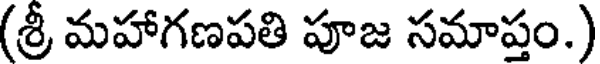
(శ్రీ మహాగణపతి పూజ సమాప్తం.)